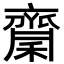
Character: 𪗉